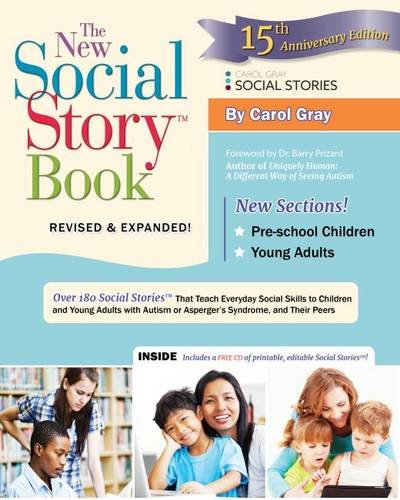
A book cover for The New Social Story Book, Revised and Expanded 15th Anniversary Edition: Over 150 Social Stories that Teach Everyday Social Skills to Children and Adults with Autism and their Peers; Carol Gray; Health, Fitness & Dieting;